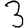
Digit: 3